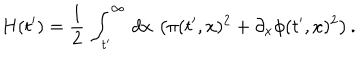
LaTeX: H ( t ^ { \prime } ) = { \frac { 1 } { 2 } } \, \int _ { t ^ { \prime } } ^ { \infty } \, d x \, \left( \pi ( t ^ { \prime } , x ) ^ { 2 } + \partial _ { x } \phi ( t ^ { \prime } , x ) ^ { 2 } \right) .